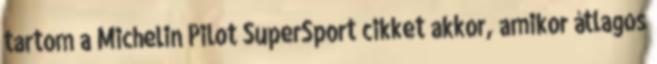
tartom a Michelin Pilot SuperSport cikket akkor, amikor átlagos